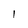
Character: I